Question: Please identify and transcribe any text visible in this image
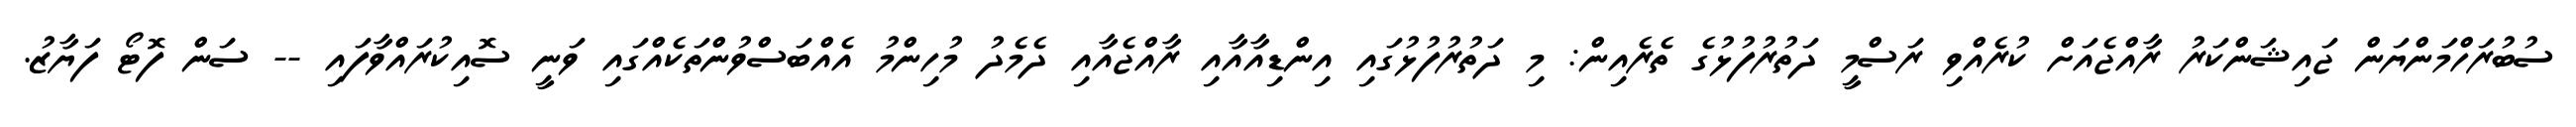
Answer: ސުބުރަހްމަންޔަން ޖައިޝަންކަރު ރާއްޖެއަށް ކުރެއްވި ރަސްމީ ދަތުރުފުޅުގެ ތެރެއިން: މި ދަތުރުފުޅުގައި އިންޑިއާއާއި ރާއްޖެއާއި ދެމެދު މުހިންމު އެއްބަސްވުންތަކެއްގައި ވަނީ ސޮއިކުރައްވާފައި -- ސަން ފޮޓޯ ފަޔާޒު.